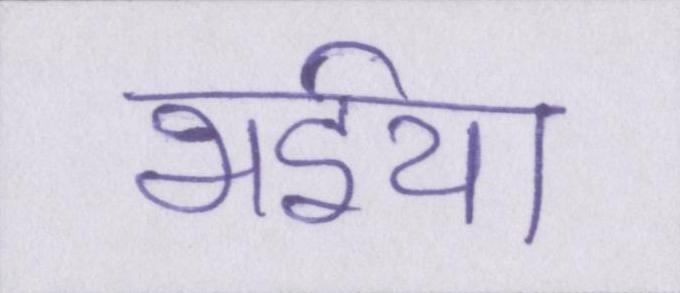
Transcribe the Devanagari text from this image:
भईया